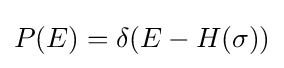
P(E)=\delta (E-H(\sigma ))